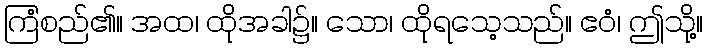
ကြံစည်၏။ အထ၊ ထိုအခါ၌။ သော၊ ထိုရသေ့သည်။ ဧဝံ၊ ဤသို့။